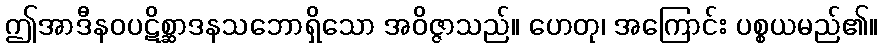
ဤအာဒီနဝပဋိစ္ဆာဒနသဘောရှိသော အဝိဇ္ဇာသည်။ ဟေတု၊ အကြောင်း ပစ္စယမည်၏။